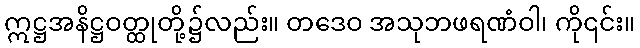
ဣဋ္ဌအနိဋ္ဌဝတ္ထုတို့၌လည်း။ တဒေဝ အသုဘဖရဏံဝါ၊ ကို၎င်း။